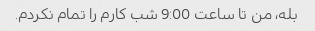
بله، من تا ساعت 9:00 شب کارم را تمام نکردم.